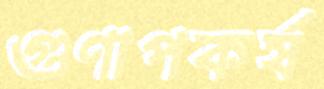
গুণাপকর্ষ